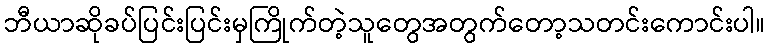
ဘီယာဆိုခပ်ပြင်းပြင်းမှကြိုက်တဲ့သူတွေအတွက်တော့သတင်းကောင်းပါ။